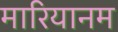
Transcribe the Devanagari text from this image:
मारियानम